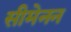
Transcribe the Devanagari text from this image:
सीमेनन